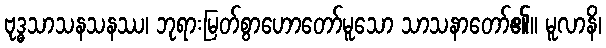
ဗုဒ္ဓသာသနသနဿ၊ ဘုရားမြတ်စွာဟောတော်မူသော သာသနာတော်၏။ မူလာနိ၊